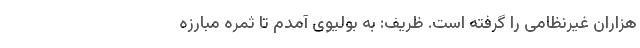
هزاران غیرنظامی را گرفته است. ظریف: به بولیوی آمدم تا ثمره مبارزه